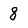
Character: 8